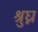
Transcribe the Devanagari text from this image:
श्रुघ्न